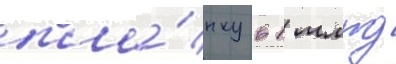
пла́нку в 1 млрд